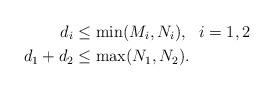
LaTeX: \begin{align*}d_i&\leq \min(M_i,N_i),{~~} i=1,2\\d_1+d_2&\leq \max(N_1,N_2).\end{align*}